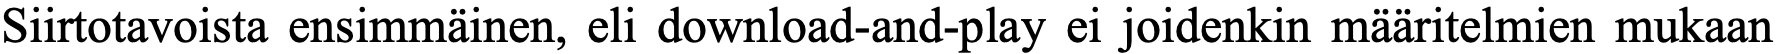
Siirtotavoista ensimmäinen, eli download-and-play ei joidenkin määritelmien mukaan